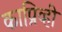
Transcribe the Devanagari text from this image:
काप्रिव्ही